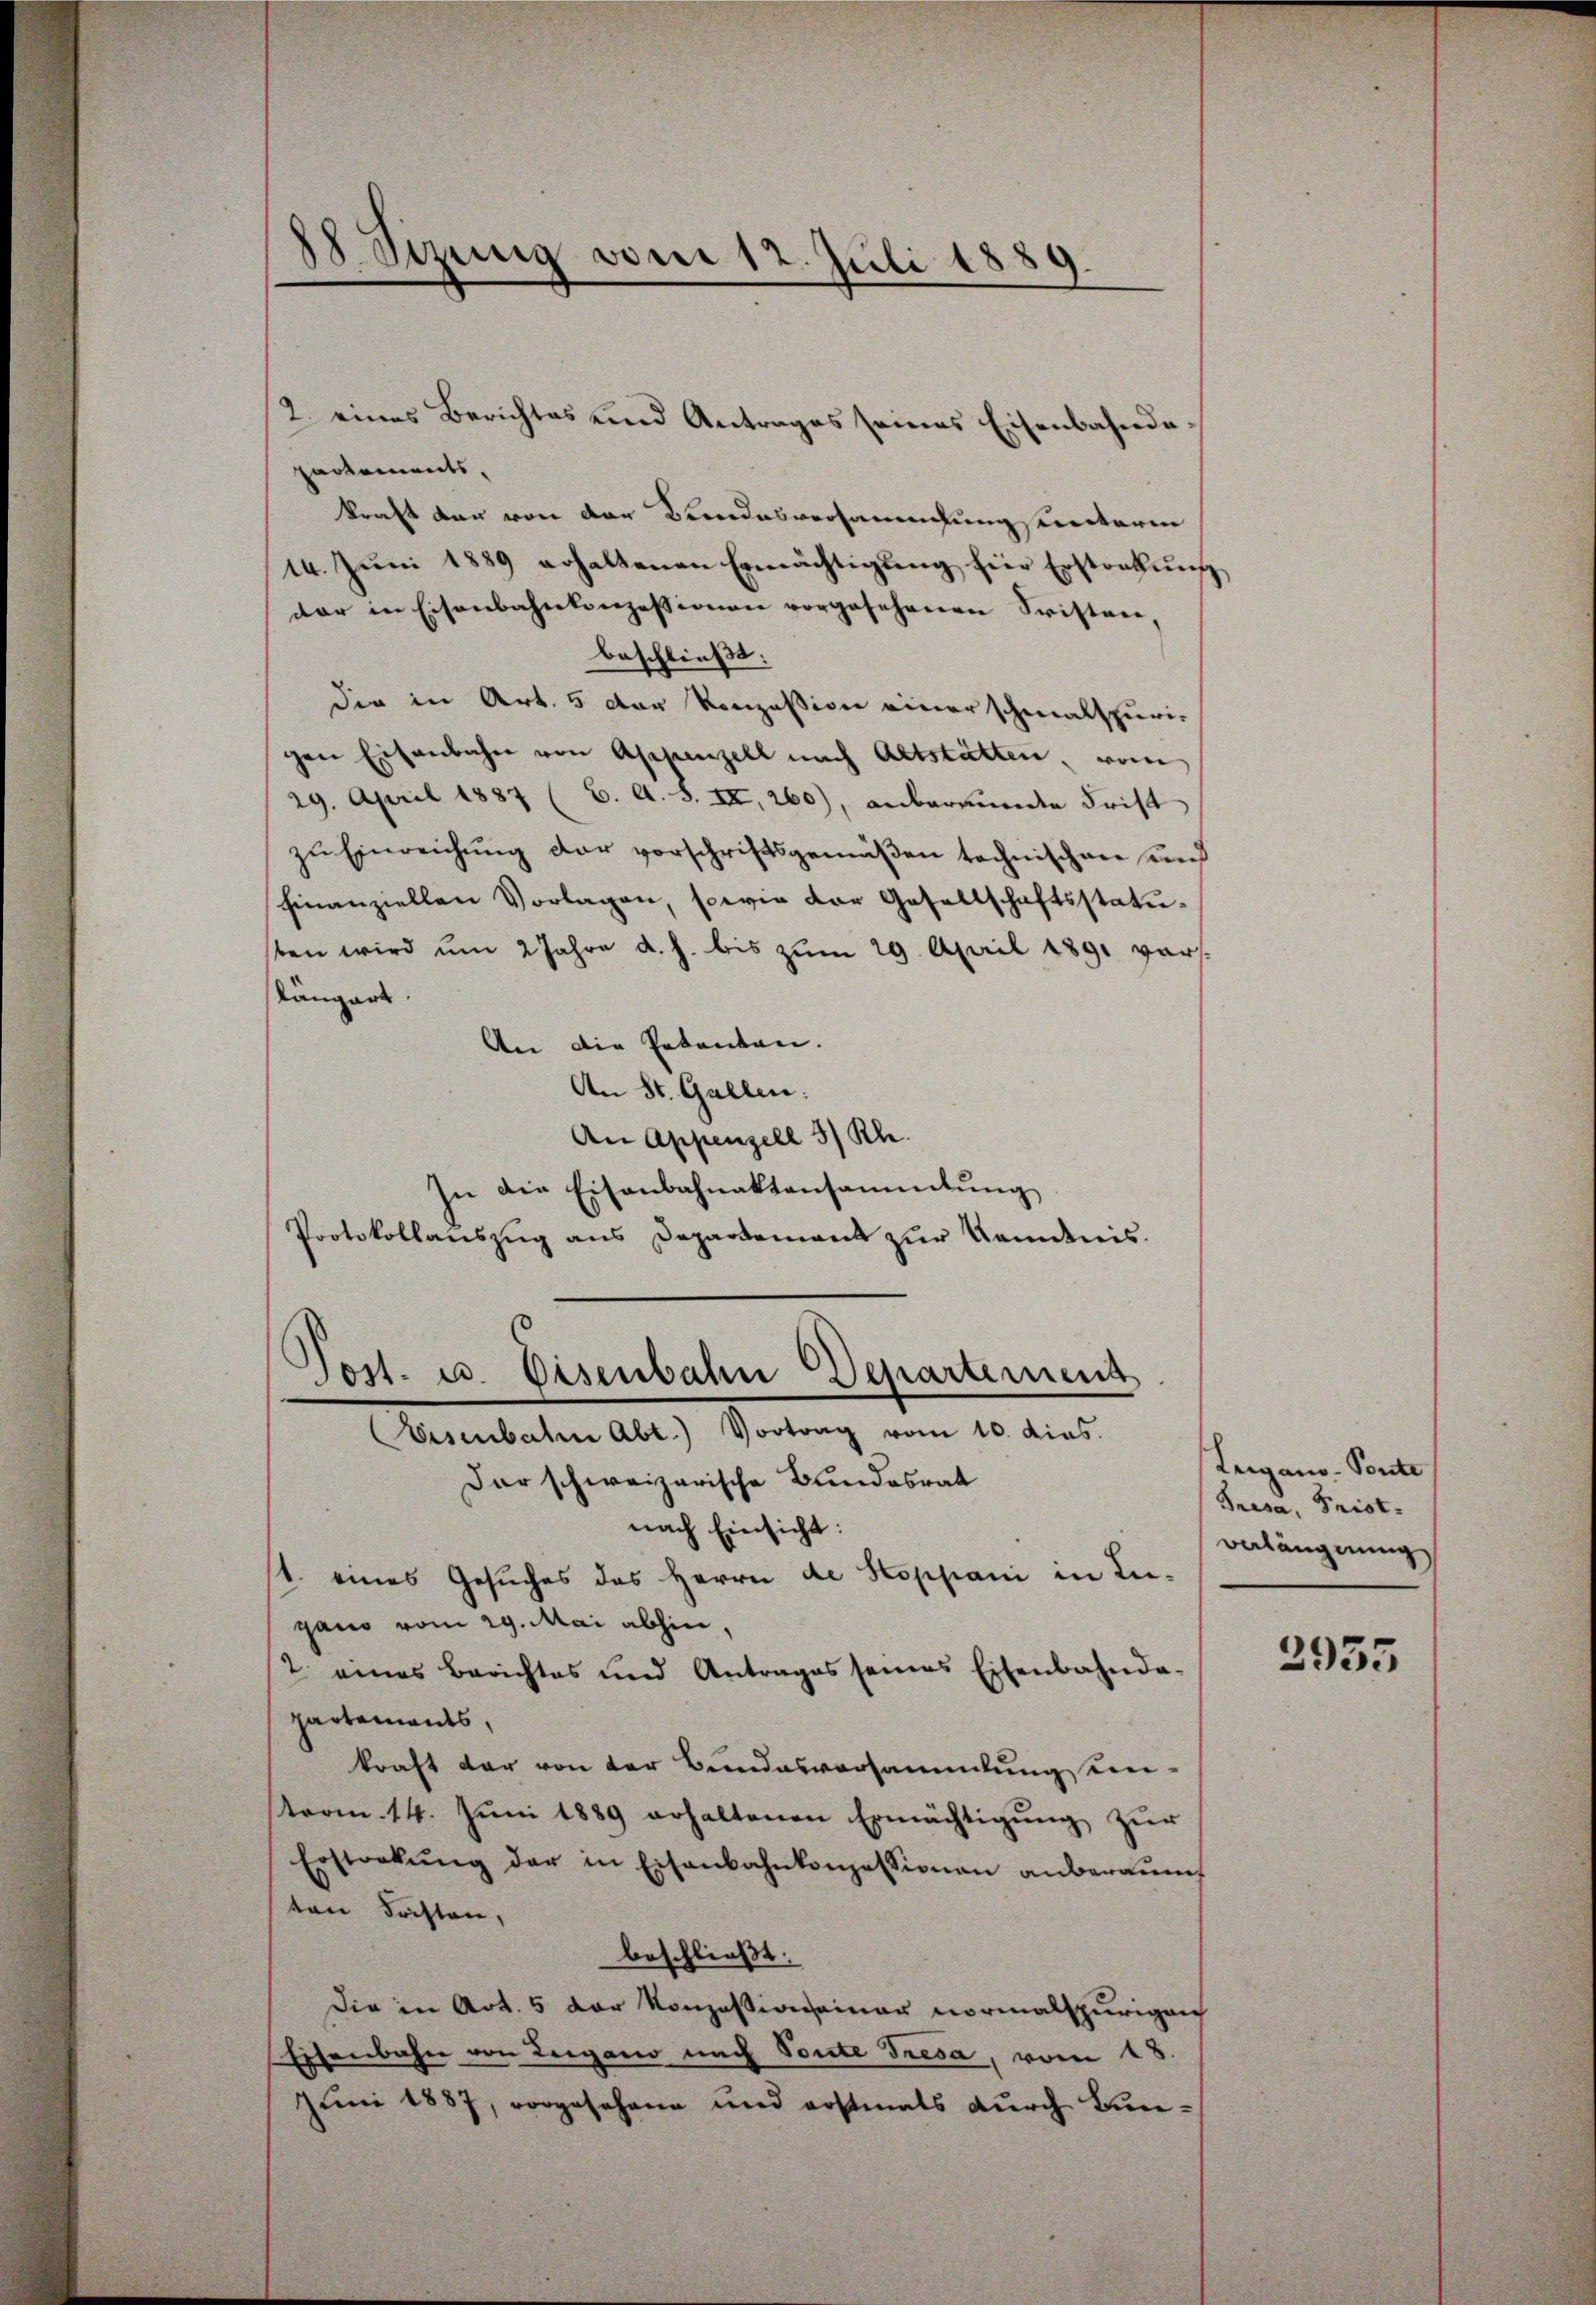
88. Sizung vom 12. Juli 1889

partements.
kraft der von der Bundesversammlungsunterin
14. Juni 1889 erhaltenen Ermächtigung hier Ersterkung
dar in Eisenbahnkonzessionen vorgesehenen Fristen,
beschließt:
die in Art. 5 der Konzession einer schmalspuri-
gen Eisenbahn von Appenzell nach Altstätten, vom
29. April 1887 (C. A. S. II, 260), anbergunde Frist
zu Einreichung der vorschriftsgemäßen technischen und
finanziellen Vorlagen, sowie der Gesellschaftsstatusten wird ŭm 2 Jahre d. h. bis zŭm 29. April 1891 vers.
skängart.
An die Petenten.
An St. Gallen.
An Appenzell 3) Rh.
In die Eisenbahnaktansammlung
Protokollauszug aus Departement zur Kendnis.
Post. u. Disenbahn Departement
Eisenbahn Abt.) Vortrag vom 10. dies.
Dar schweizerische Bundesrat
nach Einsicht:
1. eines Gesuches des Herrn de Stoppani in Leigano vom 29. Mai abhin,
2 eines Berichtes und Antrages seines Eisenbahnda-
partements,
kraft der von der Bundesversammlung einterm 14. Jŭni 1889 erhaltenen Ermächtigŭng zŭr
Ersteckŭng der in Eisenbahnkonzessionen anberaŭmt
ten Fristen,
beschließt:
Die in Art. 5 der Konzessionseiner vormalspurigen
Eisenbahn von Leigano nach Toute Tresa, vom 18.
Juni 1887, vorgesehene und erstmals durch Bun¬

2. eines Berichtes und Antrages seines Eisenbahnda¬

Leigano - Ponte
Gresa, Frist.
veläugnung

3955